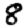
Digit: 8